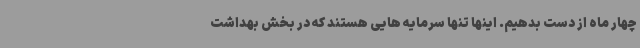
چهار ماه از دست بدهیم. اینها تنها سرمایه هایی هستند که در بخش بهداشت